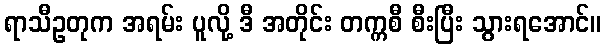
ရာသီဥတုက အရမ်း ပူလို့ ဒီ အတိုင်း တက္ကစီ စီးပြီး သွားရအောင်။